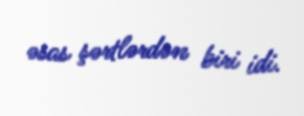
əsas şərtlərdən biri idi.